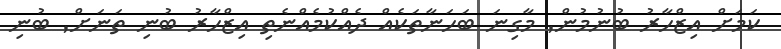
ކަމަށް އިޒްހާރު ބުނުމުން